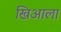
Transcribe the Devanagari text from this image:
खिआला